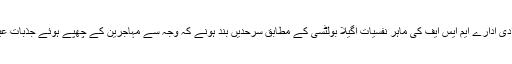
اڈومینی میں موجود امدادی ادارے ایم ایس ایف کی ماہر نفسیات اگیلا بولٹسی کے مطابق سرحدیں بند ہونے کہ وجہ سے مہاجرین کے چھپے ہوئے جذبات عیاں ہونے لگ گئے ہیں۔